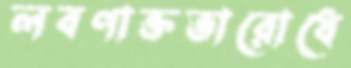
লবণাক্ততারোধে